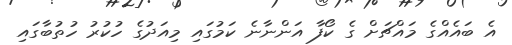
އެ ބައެއްގެ މައްޗަށް ގެ ކޯފާ އަންނާނެ ކަމުގައި މިއަދުގެ ހުކުރު ހުތުބާގައި